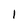
Character: 1